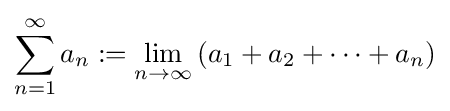
\sum _{n=1}^{\infty }a_{n}:=\lim _{n\to \infty }\left(a_{1}+a_{2}+\cdots +a_{n}\right)